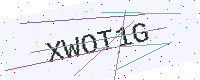
Text: XWOT1G